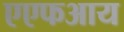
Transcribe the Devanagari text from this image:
एएफआय